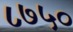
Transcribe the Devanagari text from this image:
८७५०